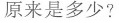
原来是多少?